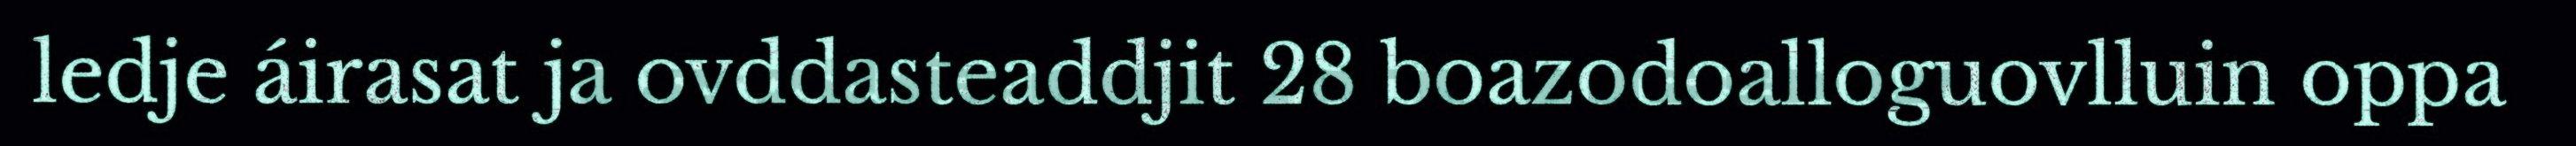
ledje áirasat ja ovddasteaddjit 28 boazodoalloguovlluin oppa